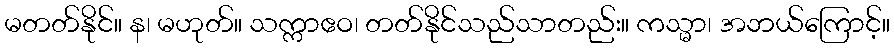
မတတ်နိုင်။ န၊ မဟုတ်။ သက္ကာဧဝ၊ တတ်နိုင်သည်သာတည်း။ ကသ္မာ၊ အဘယ်ကြောင့်။